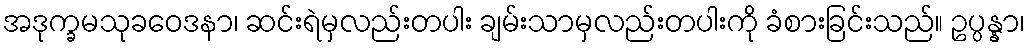
အဒုက္ခမသုခဝေဒနာ၊ ဆင်းရဲမှလည်းတပါး ချမ်းသာမှလည်းတပါးကို ခံစားခြင်းသည်။ ဥပ္ပန္နာ၊